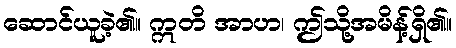
ဆောင်ယူခဲ့၏။ ဣတိ အာဟ၊ ဤသို့အမိန့်ရှိ၏။